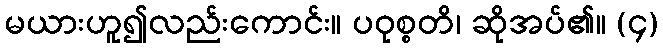
မယားဟူ၍လည်းကောင်း။ ပဝုစ္စတိ၊ ဆိုအပ်၏။ (၄)